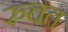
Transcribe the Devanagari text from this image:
रुचत